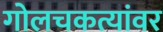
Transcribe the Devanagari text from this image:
गोलचकत्यांवर